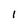
Character: I